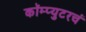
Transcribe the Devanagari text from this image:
कॉम्प्युटरचं